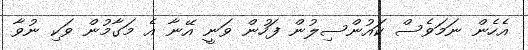
އެހެން ނަމަވެސް ކައުންސިލުން ފަހުން ވަނީ އޭނާ އެ މަގާމުން ވަކި ނުވާ